Statistical return of the lunatic asylum in Assam - 1912-1932
Year: 1912
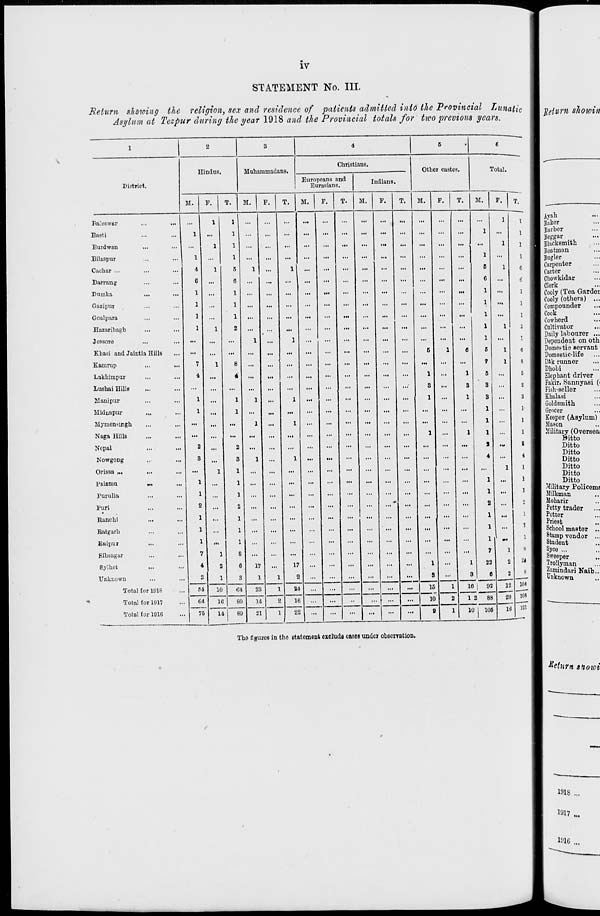
IV
STATEMENT No. III.
Return shdwing the religion, sex and residence of patients admitted into the Provincial Lunatic
Asylum at Tezpur during the year 1918 and the Provincial totals for two previous years.
Return shotoin
1
2
3
4
6
6
Christians.
1 "
Hindus
Muhammadans.
Other castes.
Total.
T.
1
District.
Europeans and
Eurasians.
Indians.
M.
F.
T.
M.
F.
T.
M.
F.
T.
M.
F.
T.
M.
F.
T.
M.
F. 1
Ra.'eswar
...
1
1
...
...
...
...
...
...
...
...
...
...
...
...
...
1
1 Ayah
1 Buker
Basti
1
...
1
...
...
...
...
...
...
...
...
...
...
...
...
1
...
1
1 Barber
1 Beggar
Euidwnu
...
1
1
...
...
...
...
...
...
...
...
...
...
...
... , ...
1
1
1 Blacksmith
Bilaspur
1
...
1
...
...
...
...
...
...
...
...
...
...
...
...
1
...
1
1 Boatman
1 Bugler
Cachar ...
4
1
R
1
...
1
...
...
...
...
...
...
...
...
...
B
1
6
1 Carpenter
1 Carter
Darrany
6
...
6
...
...
...
...
...
...
...
...
...
...
...
...
C
6
1 Chowkidar
Butnka
...
...
1
...
1
...
...
...
...
...
...
...
...
...
...
...
1
...
1
1 Clerk
1 Cooly (Tea Gardet
Gazipur
1
...
1
...
...
...
...
...
...
...
...
...
...
...
...
1
...
1
1 Cooly (others) ...
1 Compounder
Goalpara
1
...
1
...
...
...
...
...
...
...
...
...
...
...
...
1
...
1
1 Cook
1 Cowherd
Hazaribagb.
1
1
2
...
...
...
...
...
...
...
...
...
...
...
...
1
1
2
1 Cultivator
Jessoro
...
...
1
1
1
I
1 Daily labourer ...
1 Dependent on oth
Khasi and Jaintia Hills
...
...
...
...
...
...
...
...
...
...
...
5
1
0
6
1
6
1 Domestic servant
1 Domestic-life
Kamrup
7
1
8
...
...
...
...
...
...
...
...
...
...
...
1
1
8
1 Dak runner
Lakhimpur
4
...
4
...
...
...
...
...
...
...
...
...
1
...
1
6
...
5
1 Dhobi
1 Elephant driver
Luehai IlillR
...
...
...
...
...
...
...
...
...
...
...
...
S
...
3
S
...
S
1 Fakir. Sannyasi (i
1 Fish-seller
Manipur
1
1
1
1
...
...
...
...
...
...
1
...
1
3
...
3
1 Khalasi
Midnapur
1
...
1
...
...
...
...
...
...
...
...
...
...
...
...
1
1 Goldsmith
1 Grocer
Mymensir.gh
...
...
...
1
...
1
...
...
...
...
...
...
...
...
...
...
1
I Keeper (Asylum)
Naga Hills
...
...
...
...
...
...
...
...
...
...
...
...
1
...
1
...
1
I Jlilitary (Ovorseai
9
Bitto
Nepal
2
...
2
...
...
...
...
...
...
...
...
...
...
...
...
• V
t
1
Ditto
Kowgong
S
...
3
1
...
1
...
...
...
...
...
...
...
...
...
...
i
I
Ditto
1
Ditto
Orissa „.
...
1
1
...
...
...
...
...
...
...
...
...
...
...
...
...
1
I
I
Ditto
1
Ditto
palamu
...
1
...
1
...
...
...
...
...
...
...
...
...
...
...
1
1
Ditto
Furulia
1
...
1
...
...
...
...
...
...
...
1
1 Military Policerm
I Milkman
Puri
2
2
•
-
1 Moharir
1 Petty trader
Ranchi
1
...
1
...
...
...
...
...
...
...
...
...
...
...
...
...
1 1 [ Potter
1 Priest
Raigarh
1
1
...
...
...
...
...
...
...
...
...
...
...
...
...
1 1 ] I School master ..
Raipur
1
...
1
...
...
...
...
...
...
...
...
...
...
...
i»-
1 1 I Stamp vendor ...
1 Student
Sibsagar
7
1
8
...
...
...
...
...
...
...
...
...
...
...
...
1
8 1 1 Syco ...
i Sweoper
Sylhet
4
2
G
17
17
...
...
...
...
...
...
1
...
1
22
2
21 1 1 W.lyman
Unknown
2
1
S
1
1
1
2
...
...
...
...
...
...
8
...
3
e
2
8 1
104 |j
I Zamindari Naib..
I t "known
Total for 1918
10
fit
23
24
15
1
10 1 92
12
20 108 II
"ltt
Total for 1917
64
75
10
80
14
2
16
22
...
...
••
...
...
...
10
2
1
i : J
88
1
Totul for 1910
14
89
21
1
...
...
...
...
...
0
10 i 105
1U
The figures in the statement exclude cases under observation.
Return sioioi
1918 ...
1*17 ...
1116